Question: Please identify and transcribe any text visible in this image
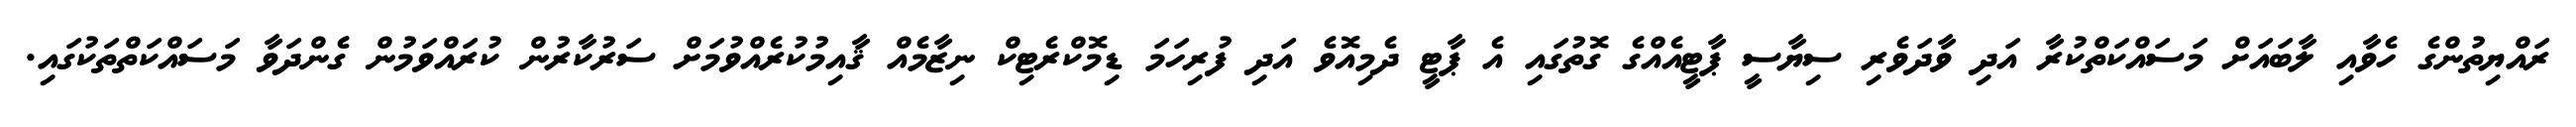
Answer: ރައްޔިތުންގެ ހެވާއި ލާބައަށް މަސައްކަތްކުރާ އަދި ވާދަވެރި ސިޔާސީ ޕާޓީއެއްގެ ގޮތުގައި އެ ޕާޓީ ދެމިއޮވެ އަދި ފުރިހަމަ ޑިމޮކްރެޓިކް ނިޒާމެއް ޤާއިމުކުރެއްވުމަށް ސަރުކާރުން ކުރައްވަމުން ގެންދަވާ މަސައްކަތްތަކުގައި.